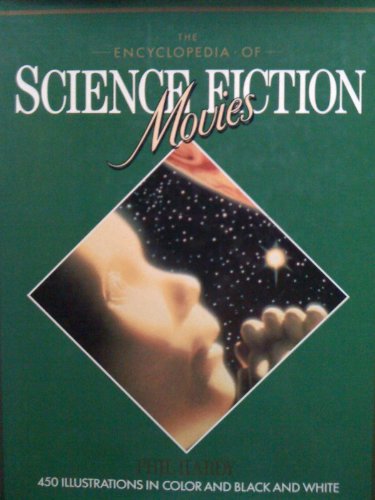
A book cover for The Encyclopedia of Science Fiction Movies; Phil Hardy; Reference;